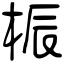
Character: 桭